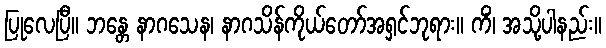
ပြုလေပြီ။ ဘန္တေ နာဂသေန၊ နာဂသိန်ကိုယ်တော်အရှင်ဘုရား။ ကိံ၊ အသို့ပါနည်း။